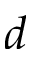
d